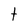
Character: t